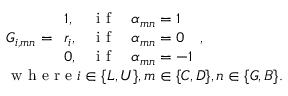
\begin{array} { l } { G _ { i , m n } = \begin{array} { l l l } { 1 , } & { \mathrm { ~ i ~ f ~ } } & { \alpha _ { m n } = 1 } \\ { r _ { i } , } & { \mathrm { ~ i ~ f ~ } } & { \alpha _ { m n } = 0 } \\ { 0 , } & { \mathrm { ~ i ~ f ~ } } & { \alpha _ { m n } = - 1 } \end{array} , } \\ { \mathrm { ~ w ~ h ~ e ~ r ~ e ~ } i \in \{ L , U \} , m \in \{ C , D \} , n \in \{ G , B \} . } \end{array}